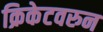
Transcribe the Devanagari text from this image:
क्रिकेटवरुन